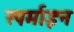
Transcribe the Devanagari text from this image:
स्पर्माइन